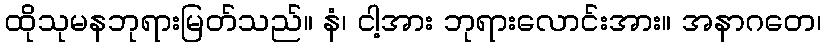
ထိုသုမနဘုရားမြတ်သည်။ နံ၊ ငါ့အား ဘုရားလောင်းအား။ အနာဂတေ၊